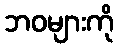
ဘဝများကို